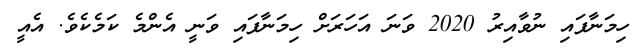
ހިމަނާފައި ނުވާއިރު 2020 ވަނަ އަހަރަށް ހިމަނާފައި ވަނީ އެންމެ ކަމެކެވެ. އެއީ